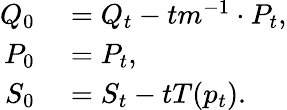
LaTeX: \begin{array}{rl}{Q_{0}}&{{}=Q_{t}-tm^{-1}\cdot P_{t},}\\ {P_{0}}&{{}=P_{t},}\\ {S_{0}}&{{}=S_{t}-tT(p_{t}).}\end{array}